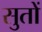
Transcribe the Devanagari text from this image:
सुतों